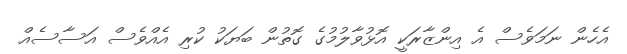
އެެހެން ނަމަވެސް އެ އިންޒާރަކީ އޮޅުވާލުމުގެ ގޮތުން ބަޔަކު ކުރި އެއްވެސް އަސާސެއް